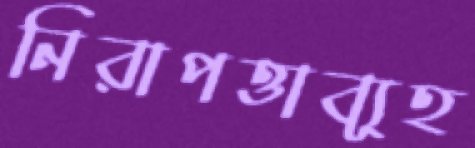
নিরাপত্তাব্যূহ